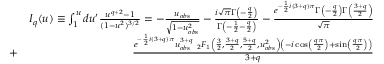
\begin{array} { r l r } & { } & { I _ { q } ( u ) \equiv \int _ { 1 } ^ { u } d u ^ { \prime } \frac { u ^ { q + 2 } - 1 } { ( 1 - u ^ { 2 } ) ^ { 3 / 2 } } = - \frac { u _ { o b s } } { \sqrt { 1 - { u _ { o b s } ^ { 2 } } } } - \frac { i \sqrt { \pi } \Gamma \left( - \frac { q } { 2 } \right) } { \Gamma \left( - \frac { 1 } { 2 } - \frac { q } { 2 } \right) } - \frac { e ^ { - \frac { 1 } { 2 } i ( 3 + q ) \pi } \Gamma \left( - \frac { q } { 2 } \right) \Gamma \left( \frac { 3 + q } { 2 } \right) } { \sqrt { \pi } } } \\ & { + } & { \frac { e ^ { - \frac { 1 } { 2 } i ( 3 + q ) \pi } u _ { o b s } ^ { 3 + q } \ _ { 2 } F _ { 1 } \left( \frac { 3 } { 2 } , \frac { 3 + q } { 2 } , \frac { 5 + q } { 2 } , u _ { o b s } ^ { 2 } \right) \left( - i \cos \left( \frac { q \pi } { 2 } \right) + \sin \left( \frac { q \pi } { 2 } \right) \right) } { 3 + q } } \end{array}